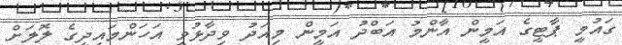
ގައުމީ ޕާޓީގެ އަމީން އާންމު އަބްދު އަމީން މިއަދު ވިދާޅުވީ އަހަންމައިދީގެ ލޮލަށް